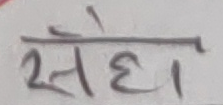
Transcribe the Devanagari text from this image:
सेहा